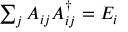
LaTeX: \textstyle \sum _ { j } A _ { i j } A _ { i j } ^ { \dagger } = E _ { i }